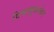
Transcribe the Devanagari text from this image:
विषाणूबरोबर